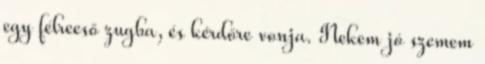
egy félreeső zugba, és kérdőre vonja. Nekem jó szemem